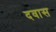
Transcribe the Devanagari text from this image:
दवास